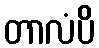
တာလံပိ